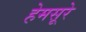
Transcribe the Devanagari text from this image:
हेमसूरे